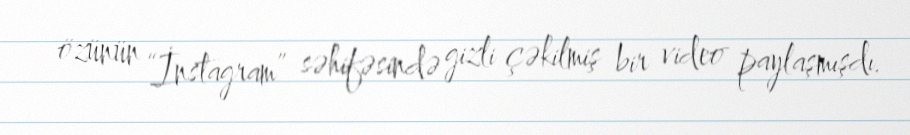
özünün “İnstagram” səhifəsində gizli çəkilmiş bir video paylaşmışdı.